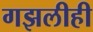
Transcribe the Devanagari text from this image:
गझलीही